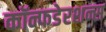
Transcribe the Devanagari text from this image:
कॉन्फडेरशन्स